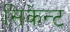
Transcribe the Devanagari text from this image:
सिकेन्ट